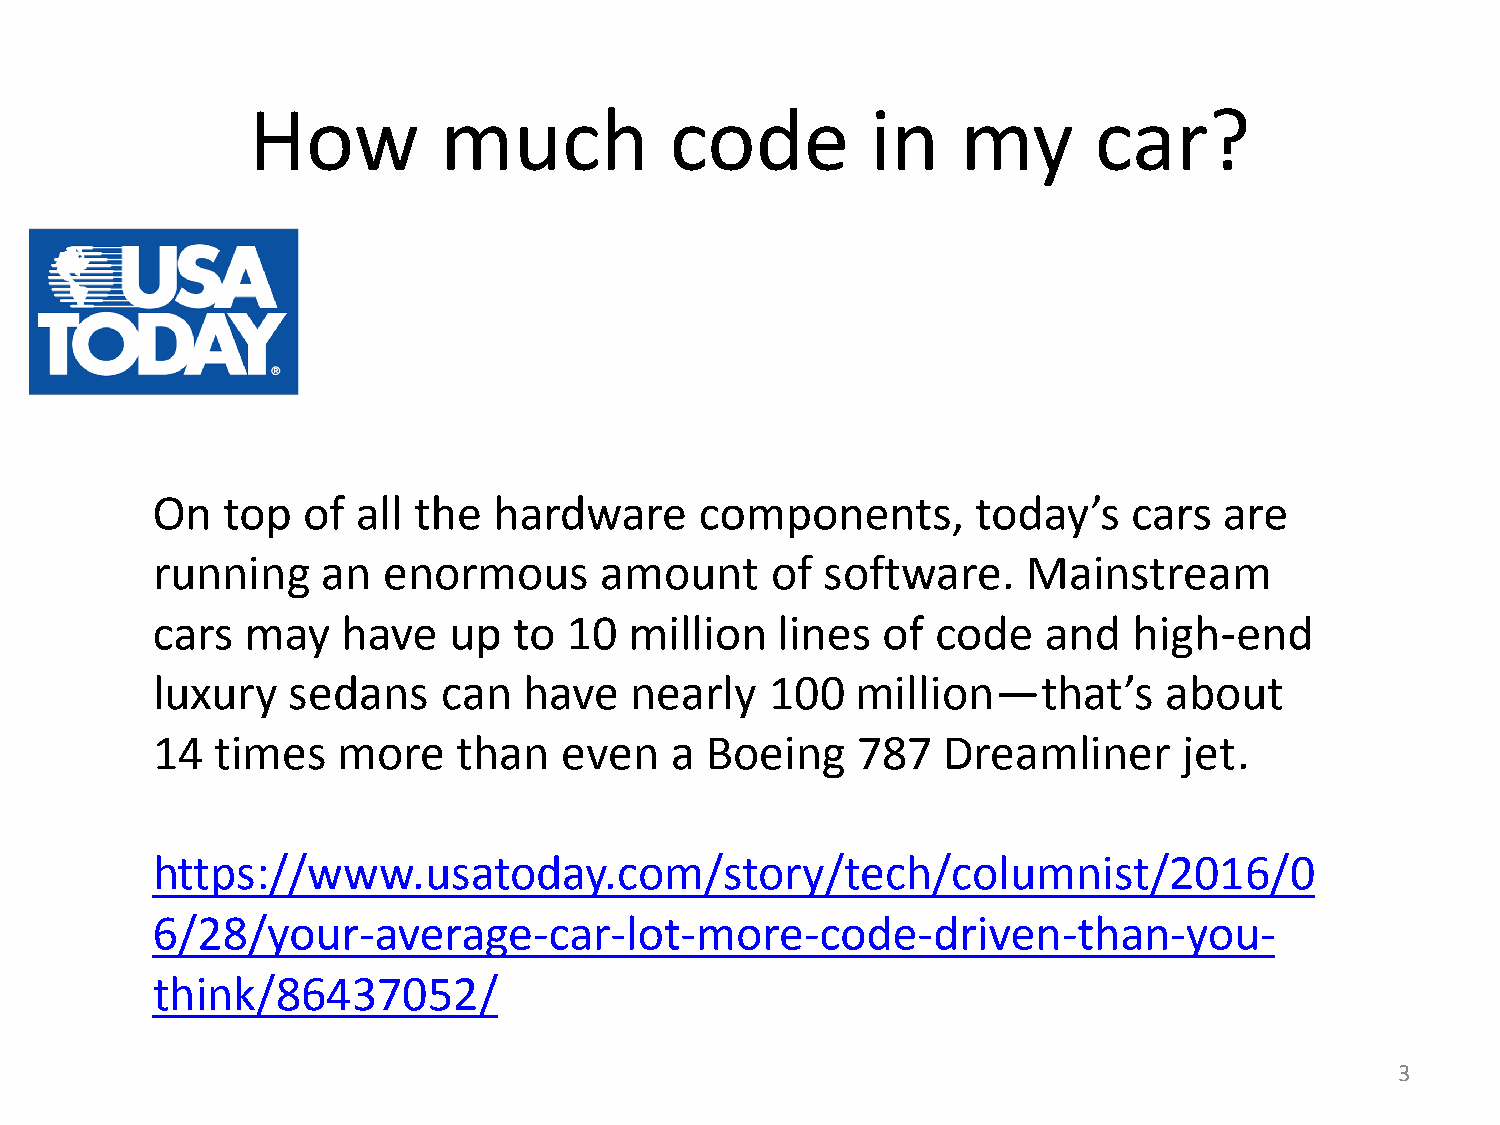
How          much           code          in    my      car?
 On   top  of  all the  hardware     components,        today’s   cars  are
 running    an  enormous       amount     of  software.    Mainstream
 cars  may    have   up  to  10  million  lines  of  code   and   high-end
 luxury   sedans    can   have   nearly   100   million—that’s      about
 14  times   more    than   even   a  Boeing    787  Dreamliner      jet.
 https://www.usatoday.com/story/tech/columnist/2016/0
 6/28/your-average-car-lot-more-code-driven-than-you-
 think/86437052/
 3